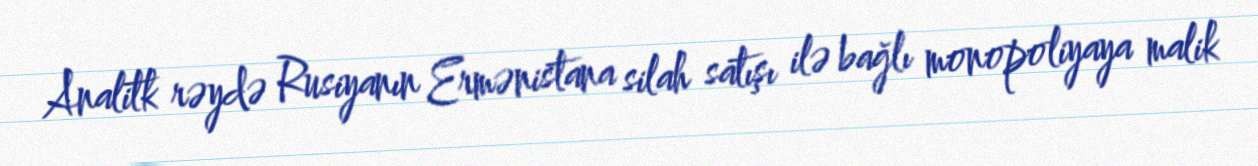
Analitk rəydə Rusiyanın Ermənistana silah satışı ilə bağlı monopoliyaya malik